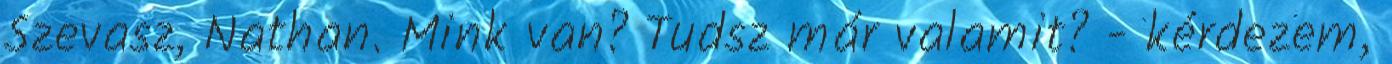
Szevasz, Nathan. Mink van? Tudsz már valamit? - kérdezem,